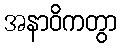
အနာဝိကတွာ